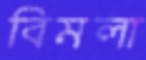
বিমলা